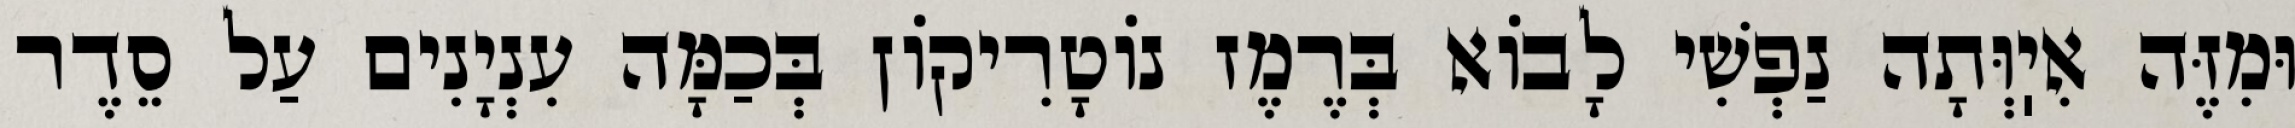
וּמִזֶּה אִיֽוְּתָה נַפְשִׁי לָבוֹא בְּרֶמֶז נוֹטָרִיקוֹן בְּכַמָּה עִנְיָנִים עַל סֵדֶר